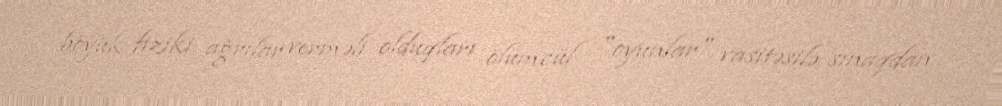
böyük fiziki ağrılar verməli olduqları ölümcül "oyunlar" vasitəsilə sınaqdan